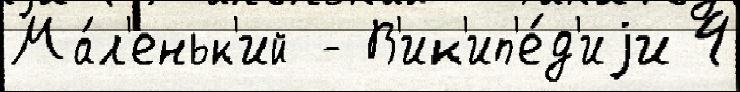
Ма́л'еньк'ий - В'ик'ип'е́д'иjи 4